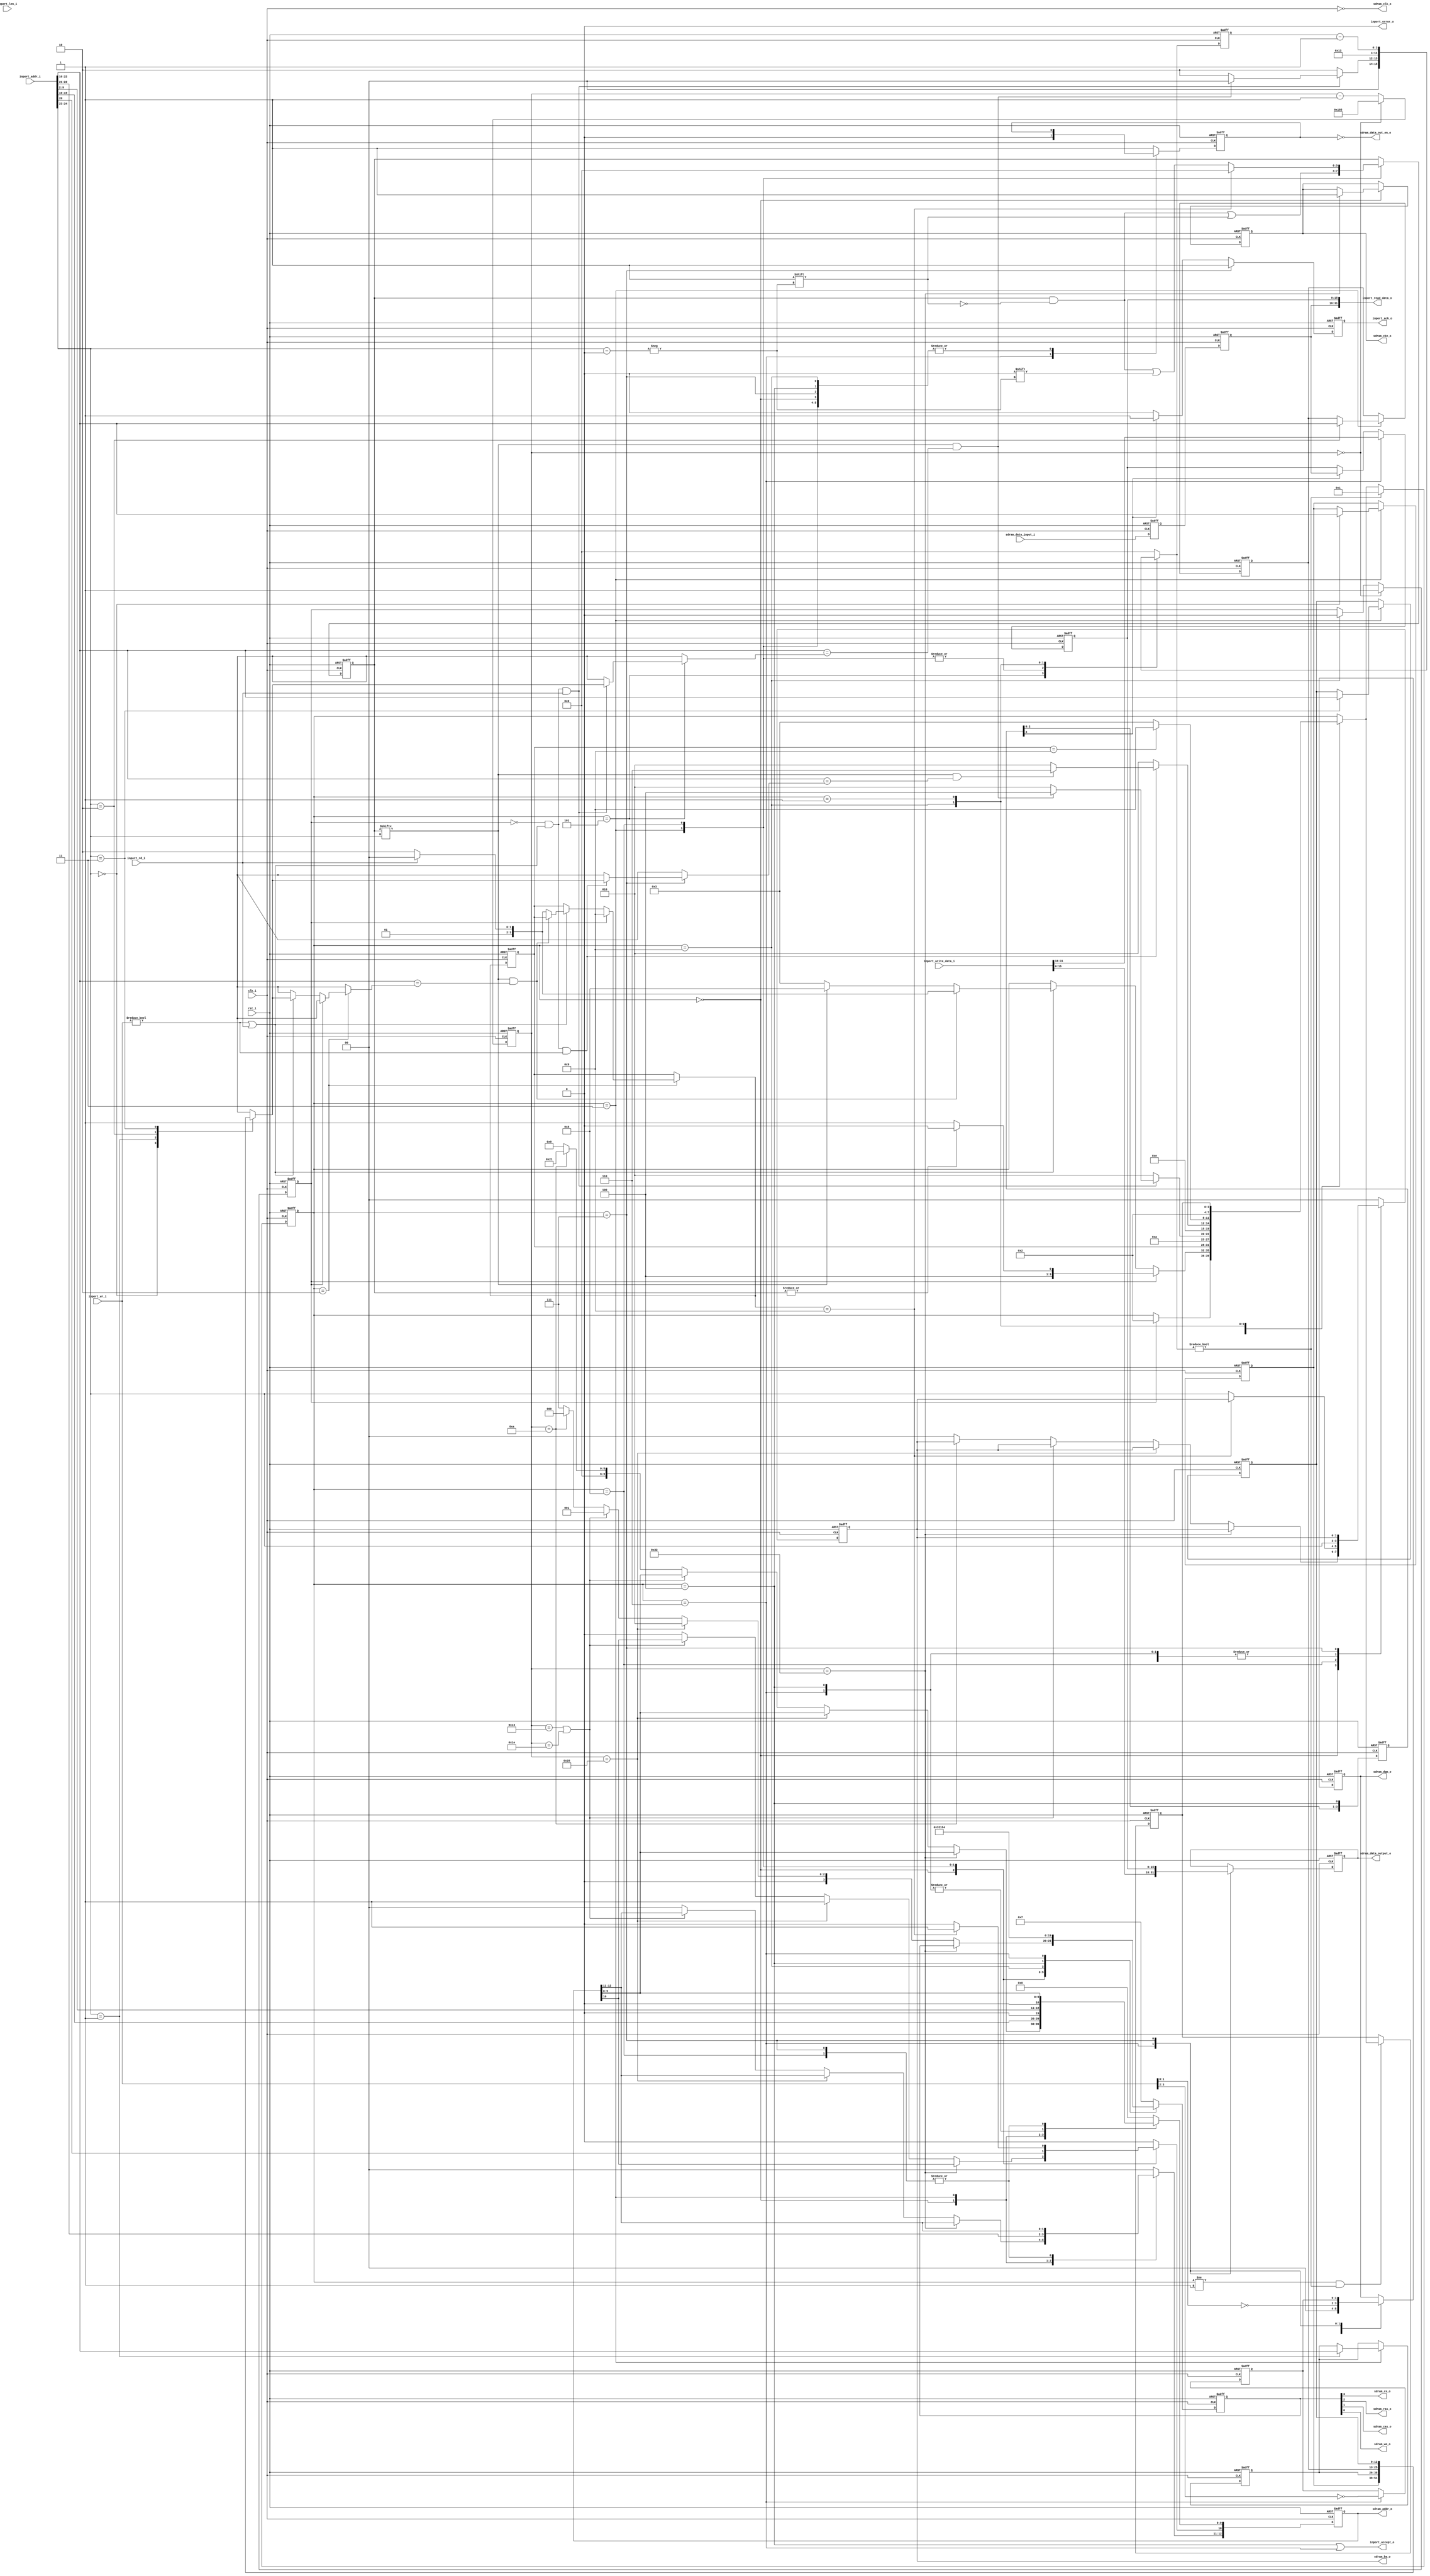
//-----------------------------------------------------------------
//                    SDRAM Controller (AXI4)
//                           V1.0
//                     Ultra-Embedded.com
//                     Copyright 2015-2019
//
//
//                         License: GPL
// If you would like a version with a more permissive license for
// use in closed source commercial applications please contact me
// for details.
//-----------------------------------------------------------------
//
// This file is open source HDL; you can redistribute it and/or 
// modify it under the terms of the GNU General Public License as 
// published by the Free Software Foundation; either version 2 of 
// the License, or (at your option) any later version.
//
// This file is distributed in the hope that it will be useful,
// but WITHOUT ANY WARRANTY; without even the implied warranty of
// MERCHANTABILITY or FITNESS FOR A PARTICULAR PURPOSE.  See the
// GNU General Public License for more details.
//
// You should have received a copy of the GNU General Public 
// License along with this file; if not, write to the Free Software
// Foundation, Inc., 59 Temple Place, Suite 330, Boston, MA 02111-1307
// USA
//-----------------------------------------------------------------

//-----------------------------------------------------------------
//                          Generated File
//-----------------------------------------------------------------

module sdram_axi_core
(
    // Inputs
     input           clk_i
    ,input           rst_i
    ,input  [  3:0]  inport_wr_i
    ,input           inport_rd_i
    ,input  [  7:0]  inport_len_i
    ,input  [ 31:0]  inport_addr_i
    ,input  [ 31:0]  inport_write_data_i
    ,input  [ 15:0]  sdram_data_input_i

    // Outputs
    ,output          inport_accept_o
    ,output          inport_ack_o
    ,output          inport_error_o
    ,output [ 31:0]  inport_read_data_o
    ,output          sdram_clk_o
    ,output          sdram_cke_o
    ,output          sdram_cs_o
    ,output          sdram_ras_o
    ,output          sdram_cas_o
    ,output          sdram_we_o
    ,output [  1:0]  sdram_dqm_o
    ,output [ 12:0]  sdram_addr_o
    ,output [  1:0]  sdram_ba_o
    ,output [ 15:0]  sdram_data_output_o
    ,output          sdram_data_out_en_o
);



//-----------------------------------------------------------------
// Key Params
//-----------------------------------------------------------------
parameter SDRAM_MHZ              = 50;
parameter SDRAM_ADDR_W           = 24;
parameter SDRAM_COL_W            = 9;
parameter SDRAM_READ_LATENCY     = 2;

//-----------------------------------------------------------------
// Defines / Local params
//-----------------------------------------------------------------
localparam SDRAM_BANK_W          = 2;
localparam SDRAM_DQM_W           = 2;
localparam SDRAM_BANKS           = 2 ** SDRAM_BANK_W;
localparam SDRAM_ROW_W           = SDRAM_ADDR_W - SDRAM_COL_W - SDRAM_BANK_W;
localparam SDRAM_REFRESH_CNT     = 2 ** SDRAM_ROW_W;
localparam SDRAM_START_DELAY     = 100000 / (1000 / SDRAM_MHZ); // 100uS
localparam SDRAM_REFRESH_CYCLES  = (64000*SDRAM_MHZ) / SDRAM_REFRESH_CNT-1;

localparam CMD_W             = 4;
localparam CMD_NOP           = 4'b0111;
localparam CMD_ACTIVE        = 4'b0011;
localparam CMD_READ          = 4'b0101;
localparam CMD_WRITE         = 4'b0100;
localparam CMD_TERMINATE     = 4'b0110;
localparam CMD_PRECHARGE     = 4'b0010;
localparam CMD_REFRESH       = 4'b0001;
localparam CMD_LOAD_MODE     = 4'b0000;

// Mode: Burst Length = 4 bytes, CAS=2
localparam MODE_REG          = {3'b000,1'b0,2'b00,3'b010,1'b0,3'b001};

// SM states
localparam STATE_W           = 4;
localparam STATE_INIT        = 4'd0;
localparam STATE_DELAY       = 4'd1;
localparam STATE_IDLE        = 4'd2;
localparam STATE_ACTIVATE    = 4'd3;
localparam STATE_READ        = 4'd4;
localparam STATE_READ_WAIT   = 4'd5;
localparam STATE_WRITE0      = 4'd6;
localparam STATE_WRITE1      = 4'd7;
localparam STATE_PRECHARGE   = 4'd8;
localparam STATE_REFRESH     = 4'd9;

localparam AUTO_PRECHARGE    = 10;
localparam ALL_BANKS         = 10;

localparam SDRAM_DATA_W      = 16;

localparam CYCLE_TIME_NS     = 1000 / SDRAM_MHZ;

// SDRAM timing
localparam SDRAM_TRCD_CYCLES = (20 + (CYCLE_TIME_NS-1)) / CYCLE_TIME_NS;
localparam SDRAM_TRP_CYCLES  = (20 + (CYCLE_TIME_NS-1)) / CYCLE_TIME_NS;
localparam SDRAM_TRFC_CYCLES = (60 + (CYCLE_TIME_NS-1)) / CYCLE_TIME_NS;

//-----------------------------------------------------------------
// External Interface
//-----------------------------------------------------------------
wire [ 31:0]  ram_addr_w       = inport_addr_i;
wire [  3:0]  ram_wr_w         = inport_wr_i;
wire          ram_rd_w         = inport_rd_i;
wire          ram_accept_w;
wire [ 31:0]  ram_write_data_w = inport_write_data_i;
wire [ 31:0]  ram_read_data_w;
wire          ram_ack_w;

wire          ram_req_w = (ram_wr_w != 4'b0) | ram_rd_w;

assign inport_ack_o       = ram_ack_w;
assign inport_read_data_o = ram_read_data_w;
assign inport_error_o     = 1'b0;
assign inport_accept_o    = ram_accept_w;

//-----------------------------------------------------------------
// Registers / Wires
//-----------------------------------------------------------------

// Xilinx placement pragmas:
//synthesis attribute IOB of command_q is "TRUE"
//synthesis attribute IOB of addr_q is "TRUE"
//synthesis attribute IOB of dqm_q is "TRUE"
//synthesis attribute IOB of cke_q is "TRUE"
//synthesis attribute IOB of bank_q is "TRUE"
//synthesis attribute IOB of data_q is "TRUE"

reg [CMD_W-1:0]        command_q;
reg [SDRAM_ROW_W-1:0]  addr_q;
reg [SDRAM_DATA_W-1:0] data_q;
reg                    data_rd_en_q;
reg [SDRAM_DQM_W-1:0]  dqm_q;
reg                    cke_q;
reg [SDRAM_BANK_W-1:0] bank_q;

// Buffer half word during read and write commands
reg [SDRAM_DATA_W-1:0] data_buffer_q;
reg [SDRAM_DQM_W-1:0]  dqm_buffer_q;

wire [SDRAM_DATA_W-1:0] sdram_data_in_w;

reg                    refresh_q;

reg [SDRAM_BANKS-1:0]  row_open_q;
reg [SDRAM_ROW_W-1:0]  active_row_q[0:SDRAM_BANKS-1];

reg  [STATE_W-1:0]     state_q;
reg  [STATE_W-1:0]     next_state_r;
reg  [STATE_W-1:0]     target_state_r;
reg  [STATE_W-1:0]     target_state_q;
reg  [STATE_W-1:0]     delay_state_q;

// Address bits, modified to Band-Row-Colume in convenience for simulation
wire [SDRAM_ROW_W-1:0]  addr_col_w  = {{(SDRAM_ROW_W-SDRAM_COL_W){1'b0}}, ram_addr_w[SDRAM_COL_W:2], 1'b0};
wire [SDRAM_ROW_W-1:0]  addr_row_w  = ram_addr_w[SDRAM_ADDR_W-2:SDRAM_COL_W+1];
wire [SDRAM_BANK_W-1:0] addr_bank_w = ram_addr_w[SDRAM_ADDR_W:SDRAM_ADDR_W-1];

//-----------------------------------------------------------------
// SDRAM State Machine
//-----------------------------------------------------------------
always @ *
begin
    next_state_r   = state_q;
    target_state_r = target_state_q;

    case (state_q)
    //-----------------------------------------
    // STATE_INIT
    //-----------------------------------------
    STATE_INIT :
    begin
        if (refresh_q)
            next_state_r = STATE_IDLE;
    end
    //-----------------------------------------
    // STATE_IDLE
    //-----------------------------------------
    STATE_IDLE :
    begin
        // Pending refresh
        // Note: tRAS (open row time) cannot be exceeded due to periodic
        //        auto refreshes.
        if (refresh_q)
        begin
            // Close open rows, then refresh
            if (|row_open_q)
                next_state_r = STATE_PRECHARGE;
            else
                next_state_r = STATE_REFRESH;

            target_state_r = STATE_REFRESH;
        end
        // Access request
        else if (ram_req_w)
        begin
            // Open row hit
            if (row_open_q[addr_bank_w] && addr_row_w == active_row_q[addr_bank_w])
            begin
                if (!ram_rd_w)
                    next_state_r = STATE_WRITE0;
                else
                    next_state_r = STATE_READ;
            end
            // Row miss, close row, open new row
            else if (row_open_q[addr_bank_w])
            begin
                next_state_r   = STATE_PRECHARGE;

                if (!ram_rd_w)
                    target_state_r = STATE_WRITE0;
                else
                    target_state_r = STATE_READ;
            end
            // No open row, open row
            else
            begin
                next_state_r   = STATE_ACTIVATE;

                if (!ram_rd_w)
                    target_state_r = STATE_WRITE0;
                else
                    target_state_r = STATE_READ;
            end
        end
    end
    //-----------------------------------------
    // STATE_ACTIVATE
    //-----------------------------------------
    STATE_ACTIVATE :
    begin
        // Proceed to read or write state
        next_state_r = target_state_r;
    end
    //-----------------------------------------
    // STATE_READ
    //-----------------------------------------
    STATE_READ :
    begin
        next_state_r = STATE_READ_WAIT;
    end
    //-----------------------------------------
    // STATE_READ_WAIT
    //-----------------------------------------
    STATE_READ_WAIT :
    begin
        next_state_r = STATE_IDLE;

        // Another pending read request (with no refresh pending)
        if (!refresh_q && ram_req_w && ram_rd_w)
        begin
            // Open row hit
            if (row_open_q[addr_bank_w] && addr_row_w == active_row_q[addr_bank_w])
                next_state_r = STATE_READ;
        end
    end
    //-----------------------------------------
    // STATE_WRITE0
    //-----------------------------------------
    STATE_WRITE0 :
    begin
        next_state_r = STATE_WRITE1;
    end
    //-----------------------------------------
    // STATE_WRITE1
    //-----------------------------------------
    STATE_WRITE1 :
    begin
        next_state_r = STATE_IDLE;

        // Another pending write request (with no refresh pending)
        if (!refresh_q && ram_req_w && (ram_wr_w != 4'b0))
        begin
            // Open row hit
            if (row_open_q[addr_bank_w] && addr_row_w == active_row_q[addr_bank_w])
                next_state_r = STATE_WRITE0;
        end
    end
    //-----------------------------------------
    // STATE_PRECHARGE
    //-----------------------------------------
    STATE_PRECHARGE :
    begin
        // Closing row to perform refresh
        if (target_state_r == STATE_REFRESH)
            next_state_r = STATE_REFRESH;
        // Must be closing row to open another
        else
            next_state_r = STATE_ACTIVATE;
    end
    //-----------------------------------------
    // STATE_REFRESH
    //-----------------------------------------
    STATE_REFRESH :
    begin
        next_state_r = STATE_IDLE;
    end
    //-----------------------------------------
    // STATE_DELAY
    //-----------------------------------------
    STATE_DELAY :
    begin
        next_state_r = delay_state_q;
    end
    default:
        ;
   endcase
end

//-----------------------------------------------------------------
// Delays
//-----------------------------------------------------------------
localparam DELAY_W = 4;

reg [DELAY_W-1:0] delay_q;
reg [DELAY_W-1:0] delay_r;

/* verilator lint_off WIDTH */

always @ *
begin
    case (state_q)
    //-----------------------------------------
    // STATE_ACTIVATE
    //-----------------------------------------
    STATE_ACTIVATE :
    begin
        // tRCD (ACTIVATE -> READ / WRITE)
        delay_r = SDRAM_TRCD_CYCLES;        
    end
    //-----------------------------------------
    // STATE_READ_WAIT
    //-----------------------------------------
    STATE_READ_WAIT :
    begin
        delay_r = SDRAM_READ_LATENCY;

        // Another pending read request (with no refresh pending)
        if (!refresh_q && ram_req_w && ram_rd_w)
        begin
            // Open row hit
            if (row_open_q[addr_bank_w] && addr_row_w == active_row_q[addr_bank_w])
                delay_r = 4'd0;
        end        
    end    
    //-----------------------------------------
    // STATE_PRECHARGE
    //-----------------------------------------
    STATE_PRECHARGE :
    begin
        // tRP (PRECHARGE -> ACTIVATE)
        delay_r = SDRAM_TRP_CYCLES;
    end
    //-----------------------------------------
    // STATE_REFRESH
    //-----------------------------------------
    STATE_REFRESH :
    begin
        // tRFC
        delay_r = SDRAM_TRFC_CYCLES;
    end
    //-----------------------------------------
    // STATE_DELAY
    //-----------------------------------------
    STATE_DELAY:
    begin
        delay_r = delay_q - 4'd1;  
    end
    //-----------------------------------------
    // Others
    //-----------------------------------------
    default:
    begin
        delay_r = {DELAY_W{1'b0}};
    end
    endcase
end
/* verilator lint_on WIDTH */

// Record target state
always @ (posedge clk_i or posedge rst_i)
if (rst_i)
    target_state_q   <= STATE_IDLE;
else
    target_state_q   <= target_state_r;

// Record delayed state
always @ (posedge clk_i or posedge rst_i)
if (rst_i)
    delay_state_q   <= STATE_IDLE;
// On entering into delay state, record intended next state
else if (state_q != STATE_DELAY && delay_r != {DELAY_W{1'b0}})
    delay_state_q   <= next_state_r;

// Update actual state
always @ (posedge clk_i or posedge rst_i)
if (rst_i)
    state_q   <= STATE_INIT;
// Delaying...
else if (delay_r != {DELAY_W{1'b0}})
    state_q   <= STATE_DELAY;
else
    state_q   <= next_state_r;

// Update delay flops
always @ (posedge clk_i or posedge rst_i)
if (rst_i)
    delay_q   <= {DELAY_W{1'b0}};
else
    delay_q   <= delay_r;

//-----------------------------------------------------------------
// Refresh counter
//-----------------------------------------------------------------
localparam REFRESH_CNT_W = 17;

reg [REFRESH_CNT_W-1:0] refresh_timer_q;
always @ (posedge clk_i or posedge rst_i)
if (rst_i)
    refresh_timer_q <= SDRAM_START_DELAY + 100;
else if (refresh_timer_q == {REFRESH_CNT_W{1'b0}})
    refresh_timer_q <= SDRAM_REFRESH_CYCLES;
else
    refresh_timer_q <= refresh_timer_q - 1;

always @ (posedge clk_i or posedge rst_i)
if (rst_i)
    refresh_q <= 1'b0;
else if (refresh_timer_q == {REFRESH_CNT_W{1'b0}})
    refresh_q <= 1'b1;
else if (state_q == STATE_REFRESH)
    refresh_q <= 1'b0;

//-----------------------------------------------------------------
// Input sampling
//-----------------------------------------------------------------

reg [SDRAM_DATA_W-1:0] sample_data0_q;
always @ (posedge sdram_clk_o or posedge rst_i)
if (rst_i)
    sample_data0_q <= {SDRAM_DATA_W{1'b0}};
else
    sample_data0_q <= sdram_data_in_w;

reg [SDRAM_DATA_W-1:0] sample_data_q;
always @ (posedge sdram_clk_o or posedge rst_i)
if (rst_i)
    sample_data_q <= {SDRAM_DATA_W{1'b0}};
else
    sample_data_q <= sample_data0_q;

//-----------------------------------------------------------------
// Command Output
//-----------------------------------------------------------------
integer idx;

always @ (posedge clk_i or posedge rst_i)
if (rst_i)
begin
    command_q       <= CMD_NOP;
    data_q          <= 16'b0;
    addr_q          <= {SDRAM_ROW_W{1'b0}};
    bank_q          <= {SDRAM_BANK_W{1'b0}};
    cke_q           <= 1'b0; 
    dqm_q           <= {SDRAM_DQM_W{1'b0}};
    data_rd_en_q    <= 1'b1;
    dqm_buffer_q    <= {SDRAM_DQM_W{1'b0}};

    for (idx=0;idx<SDRAM_BANKS;idx=idx+1)
        active_row_q[idx] <= {SDRAM_ROW_W{1'b0}};

    row_open_q      <= {SDRAM_BANKS{1'b0}};
end
else
begin
    case (state_q)
    //-----------------------------------------
    // STATE_IDLE / Default (delays)
    //-----------------------------------------
    default:
    begin
        // Default
        command_q    <= CMD_NOP;
        addr_q       <= {SDRAM_ROW_W{1'b0}};
        bank_q       <= {SDRAM_BANK_W{1'b0}};
        data_rd_en_q <= 1'b1;
    end
    //-----------------------------------------
    // STATE_INIT
    //-----------------------------------------
    STATE_INIT:
    begin
        // Assert CKE
        if (refresh_timer_q == 50)
        begin
            // Assert CKE after 100uS
            cke_q <= 1'b1;
        end
        // PRECHARGE
        else if (refresh_timer_q == 40)
        begin
            // Precharge all banks
            command_q           <= CMD_PRECHARGE;
            addr_q[ALL_BANKS]   <= 1'b1;
        end
        // 2 x REFRESH (with at least tREF wait)
        else if (refresh_timer_q == 20 || refresh_timer_q == 30)
        begin
            command_q <= CMD_REFRESH;
        end
        // Load mode register
        else if (refresh_timer_q == 10)
        begin
            command_q <= CMD_LOAD_MODE;
            addr_q    <= MODE_REG;
        end
        // Other cycles during init - just NOP
        else
        begin
            command_q   <= CMD_NOP;
            addr_q      <= {SDRAM_ROW_W{1'b0}};
            bank_q      <= {SDRAM_BANK_W{1'b0}};
        end
    end
    //-----------------------------------------
    // STATE_ACTIVATE
    //-----------------------------------------
    STATE_ACTIVATE :
    begin
        // Select a row and activate it
        command_q     <= CMD_ACTIVE;
        addr_q        <= addr_row_w;
        bank_q        <= addr_bank_w;

        active_row_q[addr_bank_w]  <= addr_row_w;
        row_open_q[addr_bank_w]    <= 1'b1;
    end
    //-----------------------------------------
    // STATE_PRECHARGE
    //-----------------------------------------
    STATE_PRECHARGE :
    begin
        // Precharge due to refresh, close all banks
        if (target_state_r == STATE_REFRESH)
        begin
            // Precharge all banks
            command_q           <= CMD_PRECHARGE;
            addr_q[ALL_BANKS]   <= 1'b1;
            row_open_q          <= {SDRAM_BANKS{1'b0}};
        end
        else
        begin
            // Precharge specific banks
            command_q           <= CMD_PRECHARGE;
            addr_q[ALL_BANKS]   <= 1'b0;
            bank_q              <= addr_bank_w;

            row_open_q[addr_bank_w] <= 1'b0;
        end
    end
    //-----------------------------------------
    // STATE_REFRESH
    //-----------------------------------------
    STATE_REFRESH :
    begin
        // Auto refresh
        command_q   <= CMD_REFRESH;
        addr_q      <= {SDRAM_ROW_W{1'b0}};
        bank_q      <= {SDRAM_BANK_W{1'b0}};        
    end
    //-----------------------------------------
    // STATE_READ
    //-----------------------------------------
    STATE_READ :
    begin
        command_q   <= CMD_READ;
        addr_q      <= addr_col_w;
        bank_q      <= addr_bank_w;

        // Disable auto precharge (auto close of row)
        addr_q[AUTO_PRECHARGE]  <= 1'b0;

        // Read mask (all bytes in burst)
        dqm_q       <= {SDRAM_DQM_W{1'b0}};
    end
    //-----------------------------------------
    // STATE_WRITE0
    //-----------------------------------------
    STATE_WRITE0 :
    begin
        command_q       <= CMD_WRITE;
        addr_q          <= addr_col_w;
        bank_q          <= addr_bank_w;
        data_q          <= ram_write_data_w[15:0];

        // Disable auto precharge (auto close of row)
        addr_q[AUTO_PRECHARGE]  <= 1'b0;

        // Write mask
        dqm_q           <= ~ram_wr_w[1:0];
        dqm_buffer_q    <= ~ram_wr_w[3:2];

        data_rd_en_q    <= 1'b0;
    end
    //-----------------------------------------
    // STATE_WRITE1
    //-----------------------------------------
    STATE_WRITE1 :
    begin
        // Burst continuation
        command_q   <= CMD_NOP;

        data_q      <= data_buffer_q;

        // Disable auto precharge (auto close of row)
        addr_q[AUTO_PRECHARGE]  <= 1'b0;

        // Write mask
        dqm_q       <= dqm_buffer_q;
    end
    endcase
end

//-----------------------------------------------------------------
// Record read events
//-----------------------------------------------------------------
reg [SDRAM_READ_LATENCY+1:0]  rd_q;

always @ (posedge clk_i or posedge rst_i)
if (rst_i)
    rd_q    <= {(SDRAM_READ_LATENCY+2){1'b0}};
else
    rd_q    <= {rd_q[SDRAM_READ_LATENCY:0], (state_q == STATE_READ)};

//-----------------------------------------------------------------
// Data Buffer
//-----------------------------------------------------------------

// Buffer upper 16-bits of write data so write command can be accepted
// in WRITE0. Also buffer lower 16-bits of read data.
always @ (posedge clk_i or posedge rst_i)
if (rst_i)
    data_buffer_q <= 16'b0;
else if (state_q == STATE_WRITE0)
    data_buffer_q <= ram_write_data_w[31:16];
else if (rd_q[SDRAM_READ_LATENCY+1])
    data_buffer_q <= sample_data_q;

// Read data output
assign ram_read_data_w = {sample_data_q, data_buffer_q};

//-----------------------------------------------------------------
// ACK
//-----------------------------------------------------------------
reg ack_q;

always @ (posedge clk_i or posedge rst_i)
if (rst_i)
    ack_q   <= 1'b0;
else
begin
    if (state_q == STATE_WRITE1)
        ack_q <= 1'b1;
    else if (rd_q[SDRAM_READ_LATENCY+1])
        ack_q <= 1'b1;
    else
        ack_q <= 1'b0;
end

assign ram_ack_w = ack_q;

// Accept command in READ or WRITE0 states
assign ram_accept_w = (state_q == STATE_READ || state_q == STATE_WRITE0);

//-----------------------------------------------------------------
// SDRAM I/O
//-----------------------------------------------------------------
assign sdram_clk_o           = ~clk_i;
assign sdram_data_out_en_o   = ~data_rd_en_q;
assign sdram_data_output_o   =  data_q;
assign sdram_data_in_w       = sdram_data_input_i;

assign sdram_cke_o  = cke_q;
assign sdram_cs_o   = command_q[3];
assign sdram_ras_o  = command_q[2];
assign sdram_cas_o  = command_q[1];
assign sdram_we_o   = command_q[0];
assign sdram_dqm_o  = dqm_q;
assign sdram_ba_o   = bank_q;
assign sdram_addr_o = addr_q;

//-----------------------------------------------------------------
// Simulation only
//-----------------------------------------------------------------
`ifdef verilator
reg [79:0] dbg_state;

always @ *
begin
    case (state_q)
    STATE_INIT        : dbg_state = "INIT";
    STATE_DELAY       : dbg_state = "DELAY";
    STATE_IDLE        : dbg_state = "IDLE";
    STATE_ACTIVATE    : dbg_state = "ACTIVATE";
    STATE_READ        : dbg_state = "READ";
    STATE_READ_WAIT   : dbg_state = "READ_WAIT";
    STATE_WRITE0      : dbg_state = "WRITE0";
    STATE_WRITE1      : dbg_state = "WRITE1";
    STATE_PRECHARGE   : dbg_state = "PRECHARGE";
    STATE_REFRESH     : dbg_state = "REFRESH";
    default           : dbg_state = "UNKNOWN";
    endcase
end
`endif


endmodule